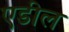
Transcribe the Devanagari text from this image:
एडील